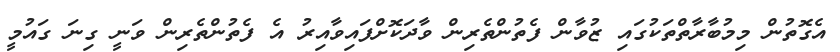
އެގޮތުން މިމުބާރާތްތަކުގައި ޒުވާން ފެތުންތެރިން ވާދަކޮށްފައިވާއިރު އެ ފެތުންތެރިން ވަނީ ގިނަ ގައުމީ